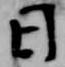
日